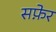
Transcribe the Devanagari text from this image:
सफ़ेर